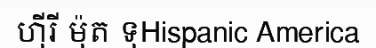
ហ៊ីរី ម៉ុត ទុHispanic America